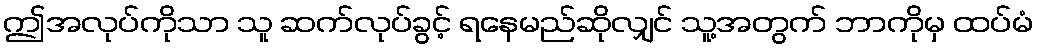
ဤအလုပ်ကိုသာ သူ ဆက်လုပ်ခွင့် ရနေမည်ဆိုလျှင် သူ့အတွက် ဘာကိုမှ ထပ်မံ